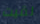
لقيت